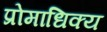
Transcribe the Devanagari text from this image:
प्रोमाधिक्य